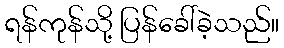
ရန်ကုန်သို့ ပြန်ခေါ်ခဲ့သည်။